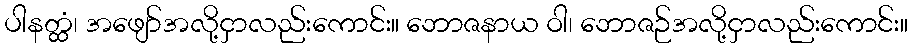
ပါနတ္ထံ၊ အဖျော်အလို့ငှာလည်းကောင်း။ ဘောဇနာယ ဝါ၊ ဘောဇဉ်အလို့ငှာလည်းကောင်း။